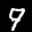
Label: 9